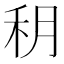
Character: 䄴